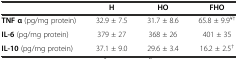
|  | H | HO | FHO |
 | --- | --- | --- | --- |
 | TNF α (pg/mg protein) | 32.9 ± 7.5 | 31.7 ± 8.6 | 65.8 ± 9.9¥† |
 | IL-6 (pg/mg protein) | 379 ± 27 | 368 ± 26 | 401 ± 35 |
 | IL-10 (pg/mg protein) | 37.1 ± 9.0 | 29.6 ± 3.4 | 16.2 ± 2.5† |